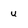
Character: u